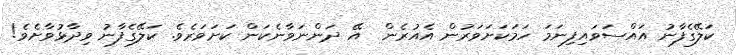
ކަލޭގެފާނު އައްސަވައިފިނަމަ ހަމަކަށަވަރުން އެއުރެން  އޭ ދަންނަވާނެކަން ކަށަވަރެވެ. ކަލޭގެފާނު ވިދާޅުވާށެވެ!